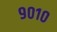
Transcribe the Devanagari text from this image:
९०१०